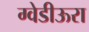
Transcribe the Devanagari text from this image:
ग्वेडीऊरा